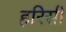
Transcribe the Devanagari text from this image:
हरिसी